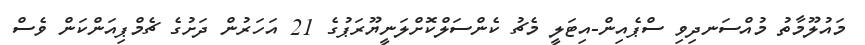
މައުލޫމާތު މުއްސަނދިވި ސްޕެއިން-އިޓަލީ މެޗު ކެންސަލްކޮށްލަނީޔޫރަޕުގެ 21 އަހަރުން ދަށުގެ ޗެމްޕިއަންކަން ވެސް